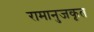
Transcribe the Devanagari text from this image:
रामानुजकृत